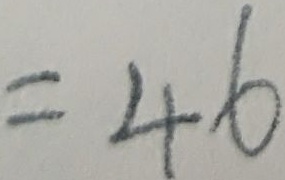
= 4 6